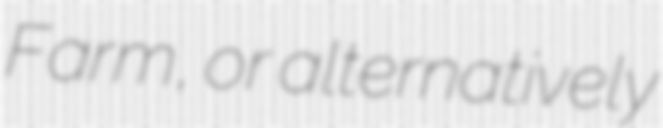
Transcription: Farm, or alternatively